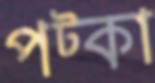
পট্কা